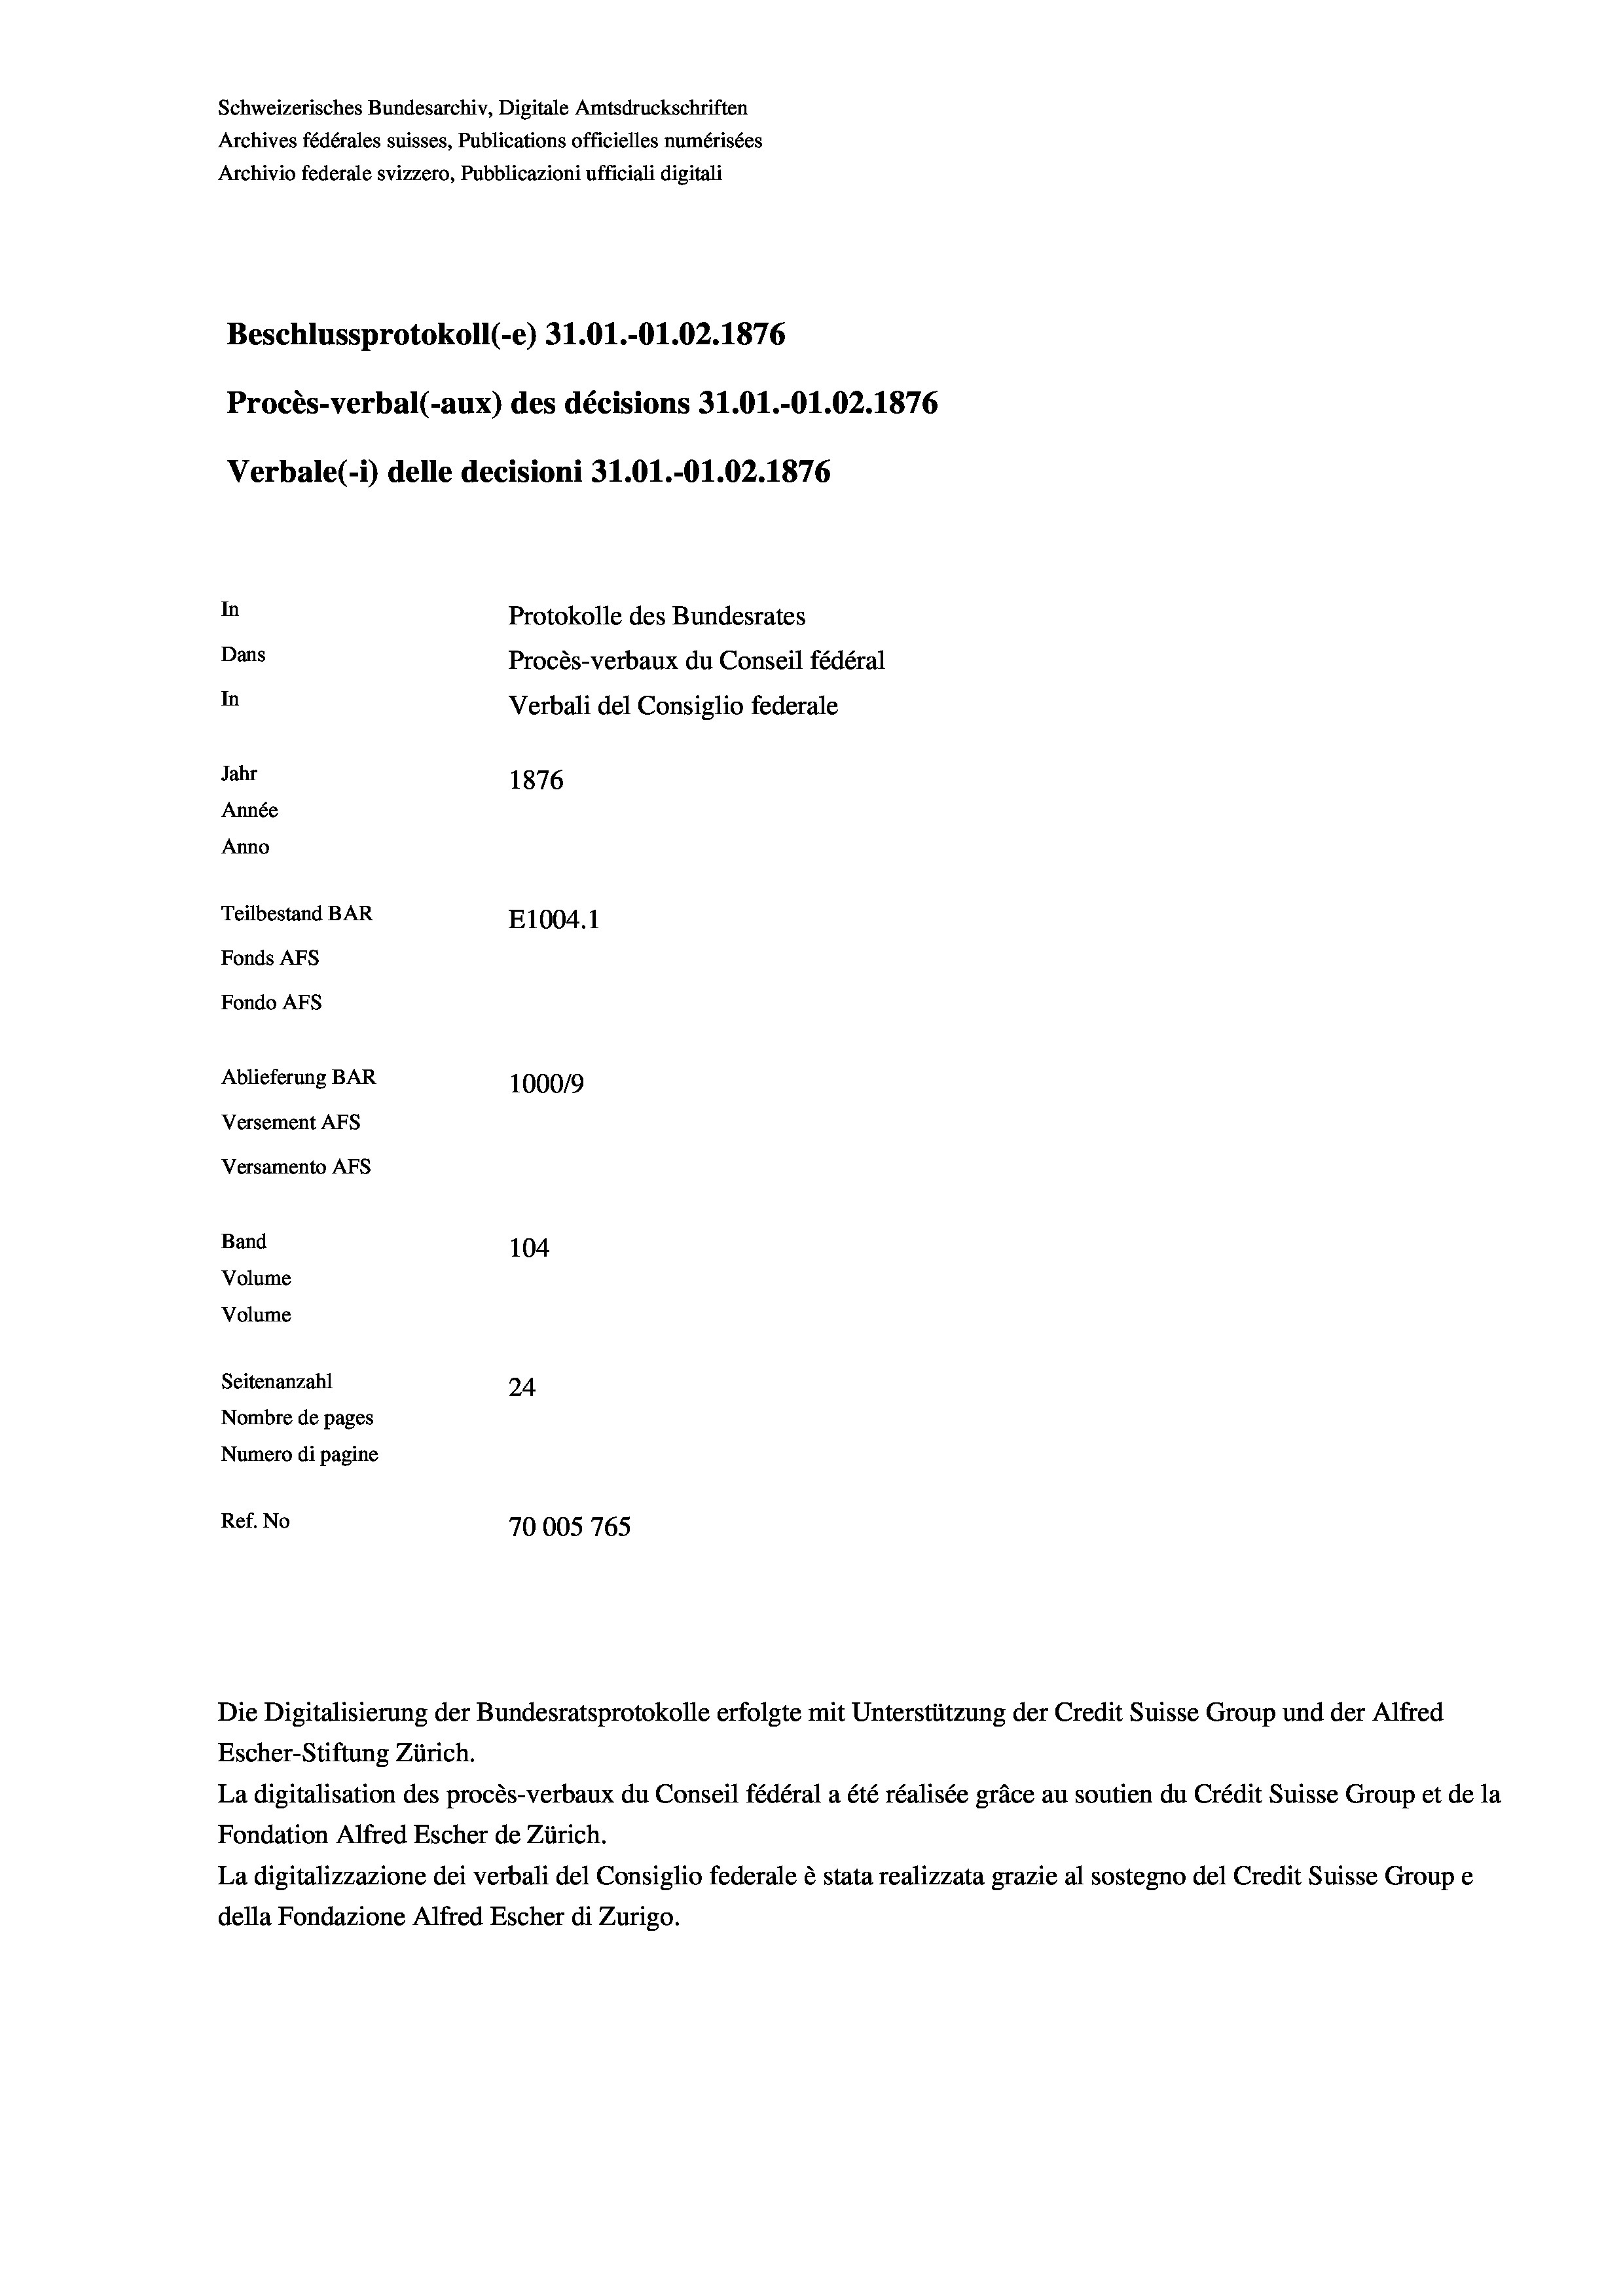
Schweizerisches Bundesarchiv, Digitale Amtsdruckschriften
Archives fédérales suisses, Publications officielles numérisées
Archivio federale svizzero, Pubblicazioni ufficiali digitali
Beschlussprotokoll (-e) 31.01.-O1.02. 1876
Procès-verbal (-aux) des décisions 31.01.-O1.02. 1876
Verbale (- 1) delle decisioni 31.01.-Ol.02. 1876
In
Protokolle des Bundesrates
Dans
Procès-verbaux du Conseil fédéral
In
Verbali del Consiglio federale
Jahr
1876
Année
Anno
Teilbestand BAR
E1004.1
Fonds AFs
Fondo Afs
Ablieferung BAR
100019
Versement AFs
Versamento Afs
Band
104
Volume
Volume
Seitenanzahl
24
Nombre de pages
Numero di pagine
Ref. No
70005 765

Escher-Stiftung Zürich.
La digitalisation des procès-verbaux du Conseil fédéral a été réalisée gräce au soutien du Crédit Suisse Group et de la
Fondation Alfred Escher de Zürich.
La digitalizzazione dei verbali del Consiglio federale è stata realizzata grazie al sostegno del Credit Suisse Groupe
della Fondazione Alfred Escher di Zurigo.

Die Digitalisierung der Bundesratsprotokolle erfolgte mit Unterstützung der Credit Suisse Group und der Alfred